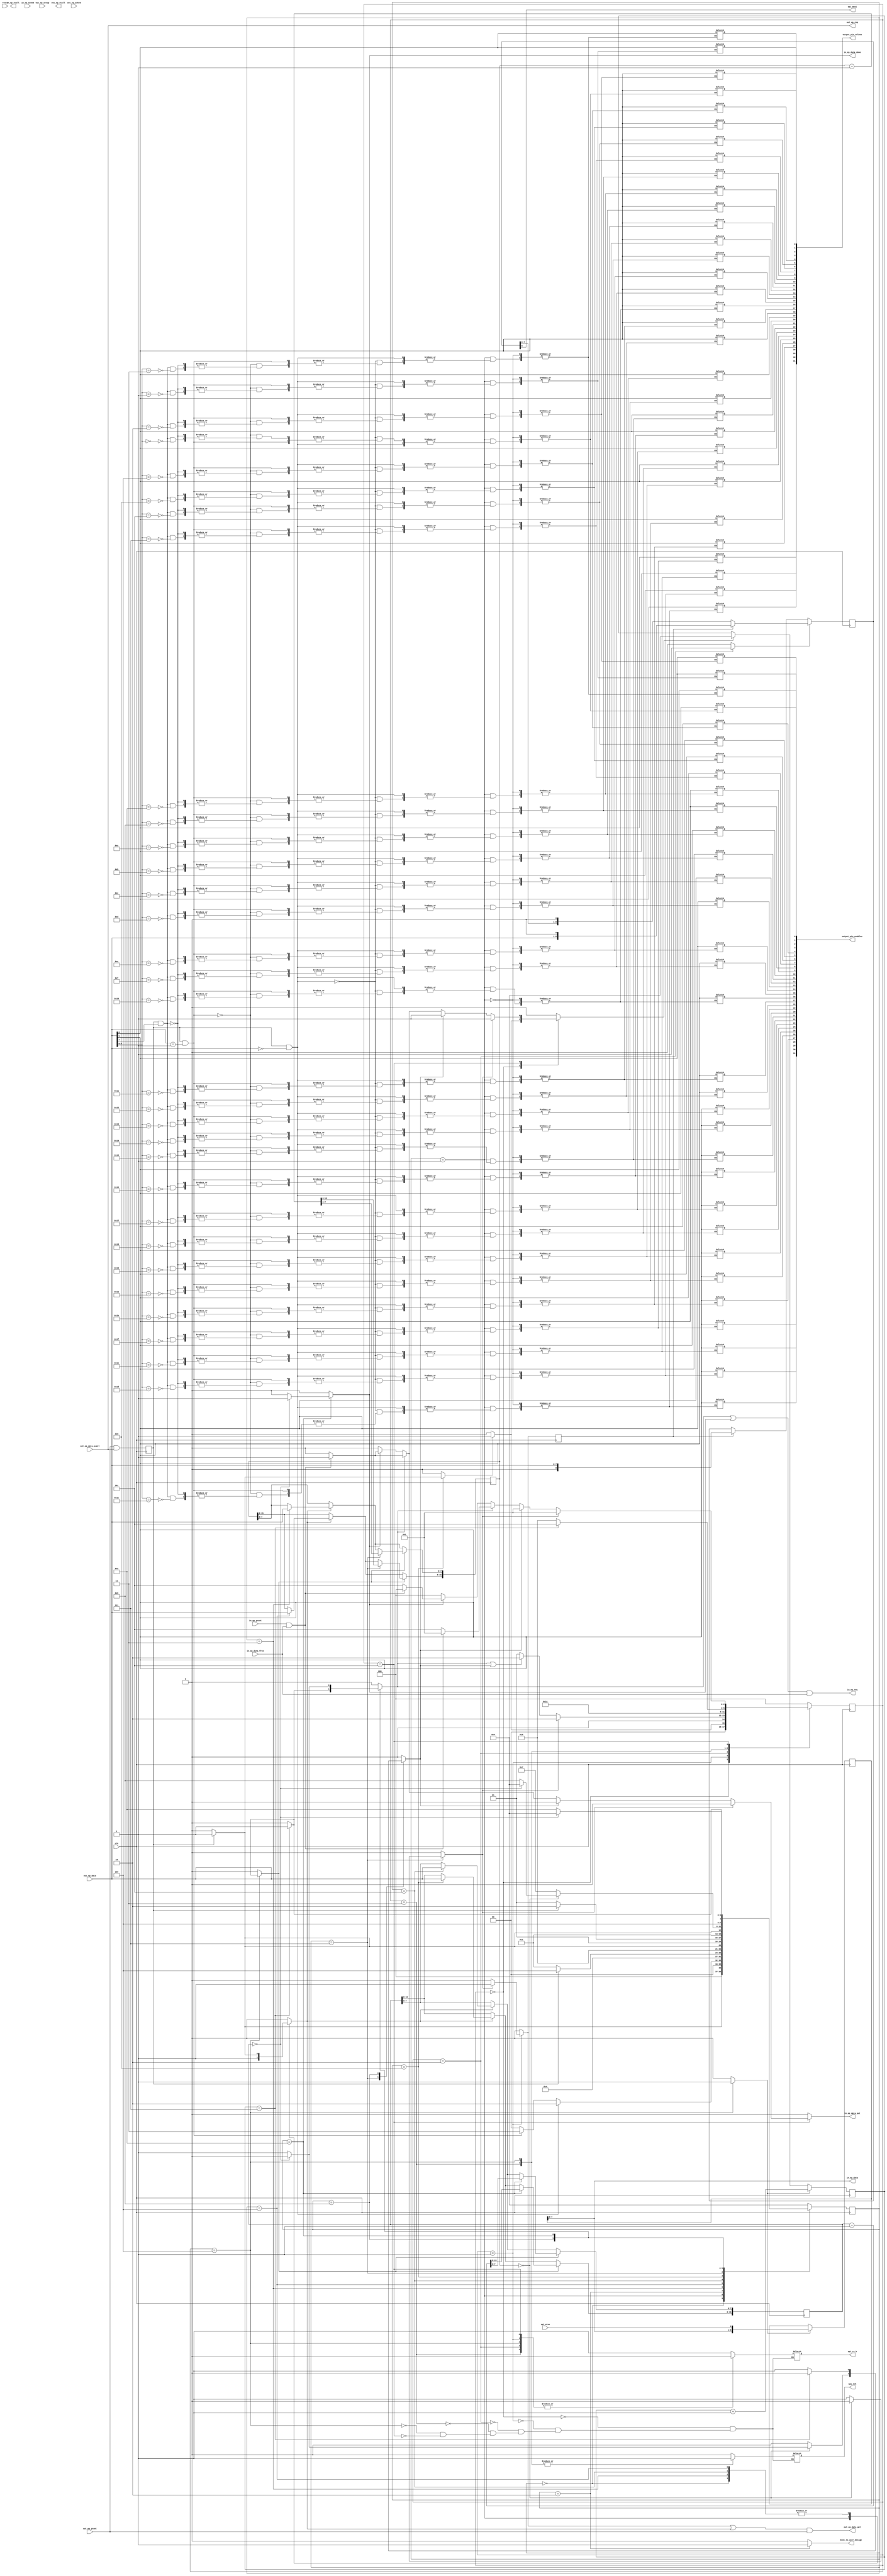
module usb_spi_bridge_ep (
  input clk,
  input reset,


  ////////////////////
  // out endpoint interface 
  ////////////////////
  output out_ep_req,
  input out_ep_grant,
  input out_ep_data_avail,
  input out_ep_setup,
  output out_ep_data_get,
  input [7:0] out_ep_data,
  output out_ep_stall,
  input out_ep_acked,


  ////////////////////
  // in endpoint interface 
  ////////////////////
  output in_ep_req,
  input in_ep_grant,
  input in_ep_data_free,
  output in_ep_data_put,
  output [7:0] in_ep_data,
  output reg in_ep_data_done,
  output in_ep_stall,
  input in_ep_acked,


  ////////////////////
  // spi interface 
  ////////////////////
  output reg spi_cs_b,
  output reg spi_sck,
  output spi_mosi,
  input spi_miso,

  
  ////////////////////
  // warm boot interface
  ////////////////////
  output reg boot_to_user_design,


  ////////////////////
  // output pin interface for test
  ////////////////////
  output reg [31:0] output_pin_values,
  output reg [31:0] output_pin_enables
);

  wire spi_byte_out_xfr_ready = out_ep_grant && out_ep_data_avail;
  wire spi_byte_in_xfr_ready = in_ep_grant && in_ep_data_free;

  reg [15:0] data_out_length;
  reg [15:0] data_in_length;

  reg [8:0] spi_out_data;
  reg [8:0] spi_in_data;


  ////////////////////////////////////////////////////////////////////////////////
  // command sequencer
  ////////////////////////////////////////////////////////////////////////////////
  reg [3:0] cmd_state;
  reg [3:0] cmd_state_next;

  localparam CMD_IDLE = 0;
  localparam CMD_PRE = 1;
  localparam CMD_OP_BOOT = 2;

  //localparam CMD_OP_XFR = 3;
  localparam CMD_SAVE_DOL_LO = 3;
  localparam CMD_SAVE_DOL_HI = 4;
  localparam CMD_SAVE_DIL_LO = 5;
  localparam CMD_SAVE_DIL_HI = 6;
  localparam CMD_DO_OUT = 7;
  localparam CMD_DIR_TRANSITION = 8;
  localparam CMD_DO_IN = 9;

  reg get_cmd_out_data;
  reg spi_has_more_in_bytes;
  reg spi_has_more_out_bytes;
  reg spi_start_new_xfr;


  ////////////////////////////////////////////////////////////////////////////////
  // spi protocol engine
  ////////////////////////////////////////////////////////////////////////////////
  reg [2:0] spi_state;
  reg [2:0] spi_state_next;
  
  localparam SPI_IDLE = 0;
  localparam SPI_START = 1;
  localparam SPI_SEND_BIT_1 = 2;
  localparam SPI_SEND_BIT_2 = 3;
  localparam SPI_GET_BIT = 4;
  localparam SPI_END = 5;

  reg spi_send_bit;
  reg spi_get_bit;
  reg get_spi_out_data;
  reg put_spi_in_data;
  reg reset_spi_bit_counter;
  reg update_spi_byte_counters;

  reg [3:0] spi_bit_counter;

  ////////////////////////////////////////////////////////////////////////////////
  // other glue logic
  ////////////////////////////////////////////////////////////////////////////////
  assign out_ep_req = out_ep_data_avail;
  assign out_ep_data_get = (get_spi_out_data || get_cmd_out_data) && out_ep_grant; 
  
  assign in_ep_req = (spi_has_more_in_bytes || spi_put_last_in_byte) && in_ep_data_free;
  assign in_ep_data_put = put_spi_in_data;
  assign in_ep_data = spi_in_data[7:0];

  assign spi_mosi = spi_out_data[8];

  wire spi_byte_done = spi_bit_counter == 7;

  reg out_data_ready;
  always @(posedge clk) out_data_ready <= out_ep_grant && out_ep_data_avail; 

  reg spi_dir_transition;
  reg spi_put_last_in_byte;

  ////////////////////////////////////////////////////////////////////////////////
  // command sequencer
  ////////////////////////////////////////////////////////////////////////////////
  always @* begin
    get_cmd_out_data <= 0;
    boot_to_user_design <= 0;
    spi_put_last_in_byte <= 0;
    spi_has_more_in_bytes <= 0;
    spi_dir_transition <= 0;
    spi_has_more_out_bytes <= 0;
    in_ep_data_done <= 0;
    spi_start_new_xfr <= 0;

    case (cmd_state)
      CMD_IDLE : begin
        if (out_data_ready) begin
          get_cmd_out_data <= 1;
          cmd_state_next <= CMD_PRE;

        end else begin
          cmd_state_next <= CMD_IDLE;
        end
      end

      CMD_PRE : begin
        get_cmd_out_data <= 1;

        if (out_data_ready && out_ep_data == 0) begin
          cmd_state_next <= CMD_OP_BOOT;

        end else if (out_data_ready && out_ep_data == 1) begin  
          //cmd_state_next <= CMD_OP_XFR;    
          cmd_state_next <= CMD_SAVE_DOL_LO;    
  
        end else if (out_data_ready && out_ep_data[7]) begin
          // out_ep_data[6] // output pin value
          // out_ep_data[5] // output pin enable
          // out_ep_data[4:0] // output pin id 

          output_pin_values[out_ep_data[4:0]] <= out_ep_data[6];
          output_pin_enables[out_ep_data[4:0]] <= out_ep_data[5];

          cmd_state_next <= CMD_IDLE;

        end else begin
          cmd_state_next <= CMD_IDLE;
        end
      end

      CMD_OP_BOOT : begin
        cmd_state_next <= CMD_OP_BOOT;
        boot_to_user_design <= 1;
      end

      //CMD_OP_XFR : begin
      //  cmd_state_next <= CMD_SAVE_DOL_LO;
      //end

      CMD_SAVE_DOL_LO : begin
        if (out_data_ready) begin   
          get_cmd_out_data <= 1;
          cmd_state_next <= CMD_SAVE_DOL_HI;     
  
        end else begin
          cmd_state_next <= CMD_SAVE_DOL_LO;
        end
      end

      CMD_SAVE_DOL_HI : begin
        if (out_data_ready) begin   
          get_cmd_out_data <= 1;
          cmd_state_next <= CMD_SAVE_DIL_LO;     
  
        end else begin
          cmd_state_next <= CMD_SAVE_DOL_HI;
        end
      end

      CMD_SAVE_DIL_LO : begin
        if (out_data_ready) begin   
          get_cmd_out_data <= 1;
          cmd_state_next <= CMD_SAVE_DIL_HI;     
  
        end else begin
          cmd_state_next <= CMD_SAVE_DIL_LO;
        end
      end

      CMD_SAVE_DIL_HI : begin
        if (out_data_ready) begin   
          cmd_state_next <= CMD_DO_OUT; 
          //get_cmd_out_data <= 1;    
          spi_start_new_xfr <= 1;
  
        end else begin
          cmd_state_next <= CMD_SAVE_DIL_HI;
        end
      end

      CMD_DO_OUT : begin
        if (data_out_length == 0) begin
          if (data_in_length == 0) begin
            cmd_state_next <= CMD_IDLE;
          end else begin
            cmd_state_next <= CMD_DIR_TRANSITION;
            spi_dir_transition <= 1;
          end

        end else begin
          cmd_state_next <= CMD_DO_OUT;
          spi_has_more_out_bytes <= 1;
        end
      end

      CMD_DIR_TRANSITION : begin
        if (spi_byte_done) begin
          cmd_state_next <= CMD_DO_IN;
          spi_has_more_in_bytes <= 1;

        end else begin
          cmd_state_next <= CMD_DIR_TRANSITION;
          spi_dir_transition <= 1;
        end
      end

      CMD_DO_IN : begin
        if (data_in_length == 0) begin
          cmd_state_next <= CMD_IDLE;
          spi_put_last_in_byte <= 1;
          in_ep_data_done <= 1;

        end else begin
          cmd_state_next <= CMD_DO_IN;
          spi_has_more_in_bytes <= 1;
        end
      end

      default begin
        cmd_state_next <= CMD_IDLE;
      end
    endcase
  end

  always @(posedge clk) begin
    cmd_state <= cmd_state_next;
    
    if (get_cmd_out_data) begin
      case (cmd_state)
        CMD_SAVE_DOL_LO : data_out_length[7:0] <= out_ep_data;
        CMD_SAVE_DOL_HI : data_out_length[15:8] <= out_ep_data;
        CMD_SAVE_DIL_LO : data_in_length[7:0] <= out_ep_data;
        CMD_SAVE_DIL_HI : data_in_length[15:8] <= out_ep_data;
      endcase
    end

    if (update_spi_byte_counters) begin
      case (cmd_state)
        CMD_DO_OUT : data_out_length <= data_out_length - 1;
        CMD_DO_IN : data_in_length <= data_in_length - 1;
      endcase
    end

  end

  ////////////////////////////////////////////////////////////////////////////////
  // spi protocol engine
  ////////////////////////////////////////////////////////////////////////////////
  always @* begin
    spi_send_bit <= 0;
    spi_get_bit <= 0;
    get_spi_out_data <= 0;
    put_spi_in_data <= 0;
    reset_spi_bit_counter <= 0;
    update_spi_byte_counters <= 0;

    case (spi_state)
      SPI_IDLE : begin
        spi_cs_b <= 1;
        spi_sck <= 0;

        if (spi_start_new_xfr) begin
          spi_state_next <= SPI_START;
          reset_spi_bit_counter <= 1;

        end else begin
          spi_state_next <= SPI_IDLE;
        end
      end

      SPI_START : begin
        spi_cs_b <= 0;
        spi_sck <= 0;

        if (spi_has_more_out_bytes) begin
          get_spi_out_data <= 1;
          spi_state_next <= SPI_SEND_BIT_1;
          
        end else if (spi_has_more_in_bytes || spi_dir_transition) begin
          spi_state_next <= SPI_SEND_BIT_1;

        end else begin
          spi_state_next <= SPI_START;
        end
      end

      SPI_SEND_BIT_1 : begin
        spi_cs_b <= 0;
        spi_sck <= 0;
        spi_send_bit <= 1;

        spi_state_next <= SPI_SEND_BIT_2;
      end

      SPI_SEND_BIT_2 : begin
        spi_cs_b <= 0;
        spi_sck <= 1;

        spi_state_next <= SPI_GET_BIT;
      end

      SPI_GET_BIT : begin
        spi_cs_b <= 0;
        spi_sck <= 1;
        spi_get_bit <= 1;

        if (spi_byte_done) begin
          update_spi_byte_counters <= 1;
          spi_state_next <= SPI_END;

        end else begin
          spi_state_next <= SPI_SEND_BIT_1;
        end
      end

      SPI_END : begin
        spi_cs_b <= 0;
        spi_sck <= 0;

        if (spi_has_more_out_bytes) begin
          reset_spi_bit_counter <= 1;
          spi_state_next <= SPI_START;

        end else if (spi_dir_transition) begin
          reset_spi_bit_counter <= 1;
          spi_state_next <= SPI_START;

        end else if (spi_has_more_in_bytes) begin
          if (spi_byte_in_xfr_ready) begin
            put_spi_in_data <= 1;
            reset_spi_bit_counter <= 1;
            spi_state_next <= SPI_START;
          end else begin
            spi_state_next <= SPI_END;
          end

        end else if (spi_put_last_in_byte) begin
          if (spi_byte_in_xfr_ready) begin
            put_spi_in_data <= 1;
            reset_spi_bit_counter <= 1;
            spi_state_next <= SPI_IDLE;
          end else begin
            spi_state_next <= SPI_END;
          end

        end else begin
          spi_state_next <= SPI_IDLE;
        end
      end

      default begin
        spi_state_next <= SPI_IDLE;
      end
    endcase    
  end

  reg get_spi_out_data_q;
  always @(posedge clk) get_spi_out_data_q <= get_spi_out_data;

  always @(posedge clk) begin
    spi_state <= spi_state_next;

    if (spi_get_bit) begin
      spi_in_data <= {spi_in_data[7:0], spi_miso};
      spi_bit_counter <= spi_bit_counter + 1;
    end else if (reset_spi_bit_counter) begin
      spi_bit_counter <= 0;
    end

    if (spi_send_bit) begin
      if (get_spi_out_data_q) begin
        spi_out_data <= {out_ep_data[7:0], 1'b0};
      end else begin
        spi_out_data <= {spi_out_data[7:0], 1'b0};
      end
    end else if (get_spi_out_data_q) begin
      spi_out_data <= out_ep_data;
    end
  end 
endmodule